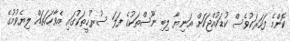
ކޮންމެ ފަހަރަކުވެސް ކުޑަކުއްޖަކަށް އަނިޔާ ލިބި ނޫސްތަކުގެ ފަލަ ސުރުޚީތަކުގައި އެވާހަކަތައް ލިޔެވުމުގެ